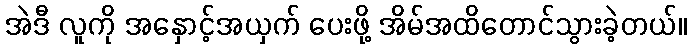
အဲဒီ လူကို အနှောင့်အယှက် ပေးဖို့ အိမ်အထိတောင်သွားခဲ့တယ်။